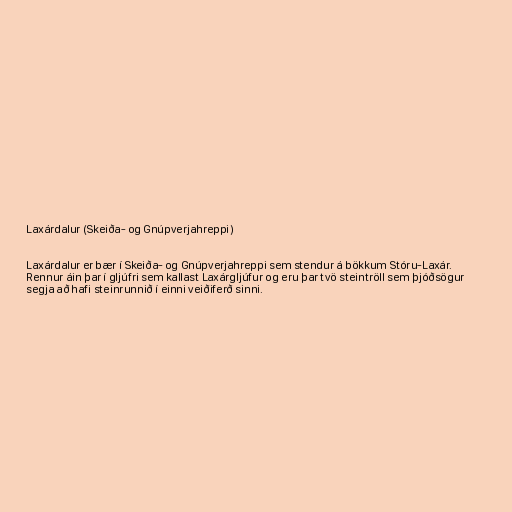
Laxárdalur (Skeiða- og Gnúpverjahreppi)

Laxárdalur er bær í Skeiða- og Gnúpverjahreppi sem stendur á bökkum Stóru-Laxár.
Rennur áin þar í gljúfri sem kallast Laxárgljúfur og eru þar tvö steintröll sem þjóðsögur
segja að hafi steinrunnið í einni veiðiferð sinni.